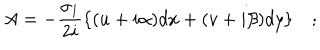
A = - \frac { \sigma _ { 1 } } { 2 i } \{ ( u + i \alpha ) d x + ( v + i \beta ) d y \} \quad ;